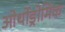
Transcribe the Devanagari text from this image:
ओर्थोड्रोमिक